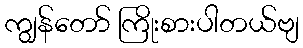
ကျွန်တော် ကြိုးစားပါတယ်ဗျ